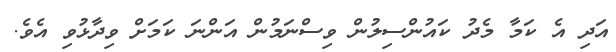
އަދި އެ ކަމާ މެދު ކައުންސިލުން ވިސްނަމުން އަންނަ ކަމަށް ވިދާޅުވި އެވެ.